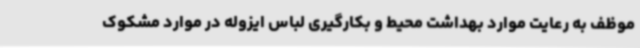
موظف به رعایت موارد بهداشت محیط و بکارگیری لباس ایزوله در موارد مشکوک